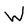
Character: W